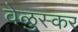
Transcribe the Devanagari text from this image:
वेळुस्कर